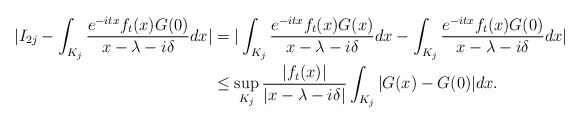
\begin{align*} | I_{2j} - \int_{K_j} \frac{e^{-itx} f_t (x) G(0) }{x- \lambda - i\delta } dx | & = | \int_{K_j} \frac{e^{-itx} f_t (x) G(x) }{x-\lambda - i\delta } dx - \int_{K_j} \frac{e^{-itx} f_t (x) G(0) }{x- \lambda - i\delta } dx | \\ & \leq \sup_{K_j} \frac{ |f_t (x)| }{ |x- \lambda - i\delta|} \int_{K_j} | G(x) - G(0) | dx.\end{align*}